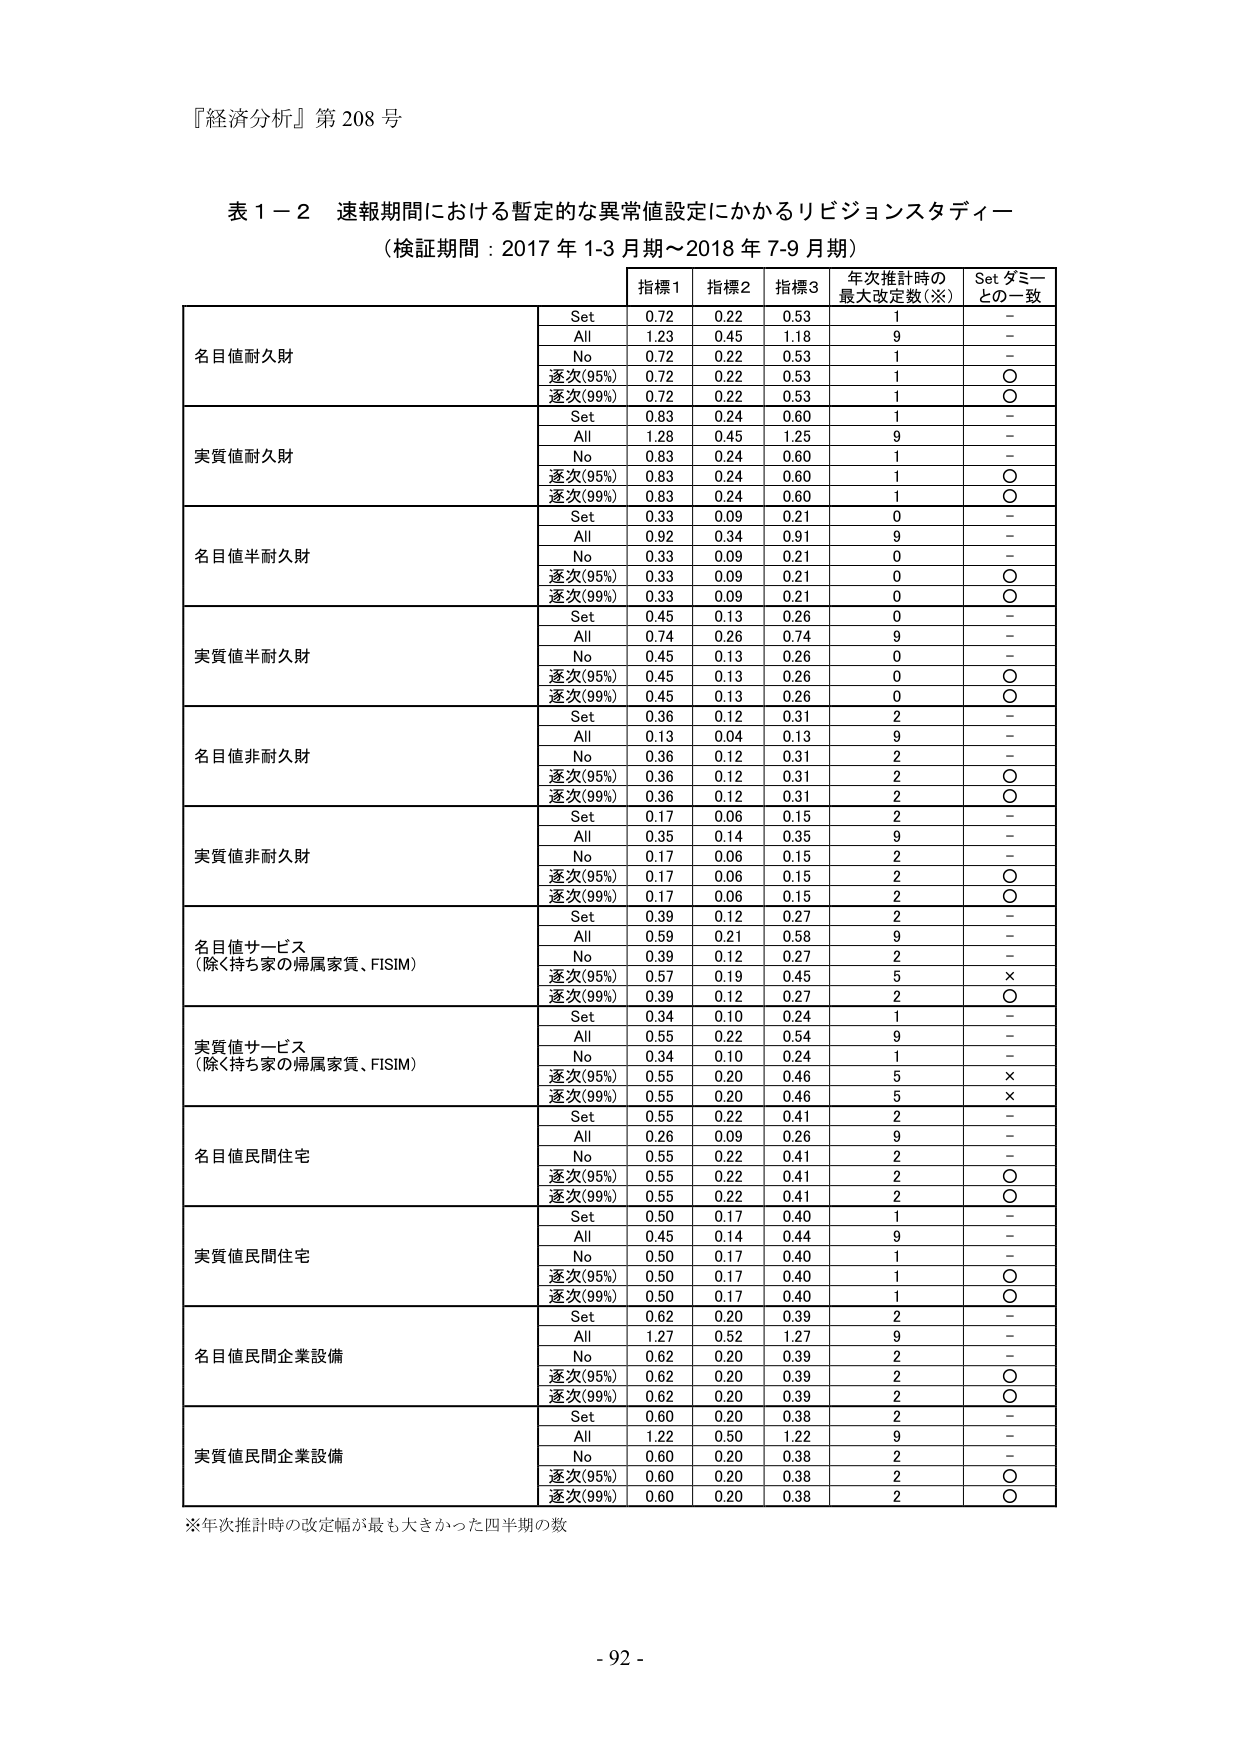
『経済分析』第 208 号

表 1－2 速報期間における暫定的な異常値設定にかかるリビジョンスタディー
（検証期間：2017 年 1-3 月期～2018 年 7-9 月期）

指標1 指標2 指標3 年次推計時の最大改定数（※） Set ダミーとの一致

名目値耐久財
Set 0.72 0.22 0.53 1 -
All 1.23 0.45 1.18 9 -
No 0.72 0.22 0.53 1 -
逐次(95%) 0.72 0.22 0.53 1 ○
逐次(99%) 0.72 0.22 0.53 1 ○

実質値耐久財
Set 0.83 0.24 0.60 1 -
All 1.28 0.45 1.25 9 -
No 0.83 0.24 0.60 1 -
逐次(95%) 0.83 0.24 0.60 1 ○
逐次(99%) 0.83 0.24 0.60 1 ○

名目値半耐久財
Set 0.33 0.09 0.21 0 -
All 0.92 0.34 0.91 9 -
No 0.33 0.09 0.21 0 -
逐次(95%) 0.33 0.09 0.21 0 ○
逐次(99%) 0.33 0.09 0.21 0 ○

実質値半耐久財
Set 0.45 0.13 0.26 0 -
All 0.74 0.26 0.74 9 -
No 0.45 0.13 0.26 0 -
逐次(95%) 0.45 0.13 0.26 0 ○
逐次(99%) 0.45 0.13 0.26 0 ○

名目値非耐久財
Set 0.36 0.12 0.31 2 -
All 0.13 0.04 0.13 9 -
No 0.36 0.12 0.31 2 -
逐次(95%) 0.36 0.12 0.31 2 ○
逐次(99%) 0.36 0.12 0.31 2 ○

実質値非耐久財
Set 0.17 0.06 0.15 2 -
All 0.35 0.14 0.35 9 -
No 0.17 0.06 0.15 2 -
逐次(95%) 0.17 0.06 0.15 2 ○
逐次(99%) 0.17 0.06 0.15 2 ○

名目値サービス
（除く持ち家の帰属家賃、FISIM）
Set 0.39 0.12 0.27 2 -
All 0.59 0.21 0.58 9 -
No 0.39 0.12 0.27 2 -
逐次(95%) 0.57 0.19 0.45 5 ×
逐次(99%) 0.39 0.12 0.27 2 ○

実質値サービス
（除く持ち家の帰属家賃、FISIM）
Set 0.34 0.10 0.24 1 -
All 0.55 0.22 0.54 9 -
No 0.34 0.10 0.24 1 -
逐次(95%) 0.55 0.20 0.46 5 ×
逐次(99%) 0.55 0.20 0.46 5 ×

名目値民間住宅
Set 0.55 0.22 0.41 2 -
All 0.26 0.09 0.26 9 -
No 0.55 0.22 0.41 2 -
逐次(95%) 0.55 0.22 0.41 2 ○
逐次(99%) 0.55 0.22 0.41 2 ○

実質値民間住宅
Set 0.50 0.17 0.40 1 -
All 0.45 0.14 0.44 9 -
No 0.50 0.17 0.40 1 -
逐次(95%) 0.50 0.17 0.40 1 ○
逐次(99%) 0.50 0.17 0.40 1 ○

名目値民間企業設備
Set 0.62 0.20 0.39 2 -
All 1.27 0.52 1.27 9 -
No 0.62 0.20 0.39 2 -
逐次(95%) 0.62 0.20 0.39 2 ○
逐次(99%) 0.62 0.20 0.39 2 ○

実質値民間企業設備
Set 0.60 0.20 0.38 2 -
All 1.22 0.50 1.22 9 -
No 0.60 0.20 0.38 2 -
逐次(95%) 0.60 0.20 0.38 2 ○
逐次(99%) 0.60 0.20 0.38 2 ○

※年次推計時の改定幅が最も大きかった四半期の数

- 92 -